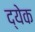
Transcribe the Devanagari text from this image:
द्येक